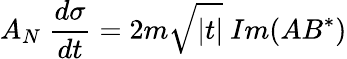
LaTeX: A_{N}\ \frac{d\sigma}{dt}=2m\sqrt{|t|}\ Im(AB^{*})